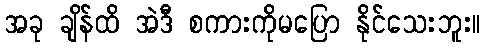
အခု ချိန်ထိ အဲဒီ စကားကိုမပြော နိုင်သေးဘူး။